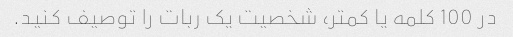
در 100 کلمه یا کمتر، شخصیت یک ربات را توصیف کنید.